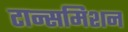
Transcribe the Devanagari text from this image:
टान्समिशन